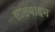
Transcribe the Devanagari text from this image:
सालबाहन